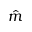
\hat { m }